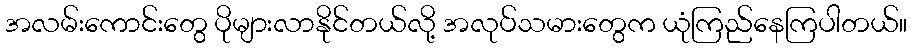
အလမ်းကောင်းတွေ ပိုများလာနိုင်တယ်လို့ အလုပ်သမားတွေက ယုံကြည်နေကြပါတယ်။